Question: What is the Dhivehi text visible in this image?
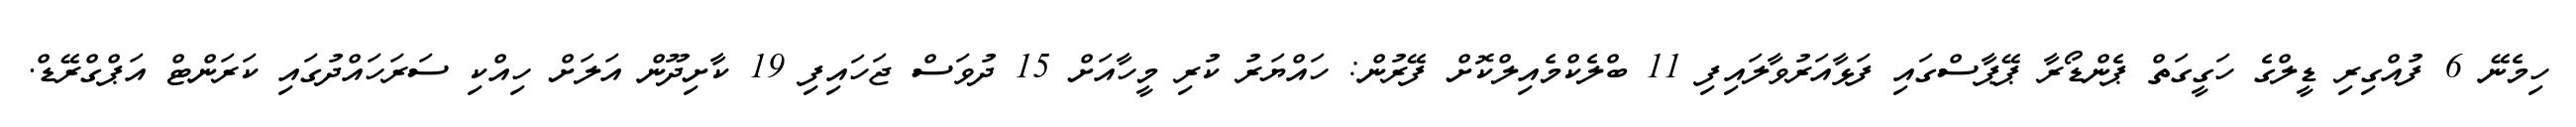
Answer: ހިމެނޭ 6 ފުއްގިރި ޑީލްގެ ހަގީގަތް ޕެންޑޯރާ ޕޭޕާސްގައި ފަޅާއަރުވާލައިފި 11 ބްލެކްމެއިލްކޮށް ފޭރުން: ހައްޔަރު ކުރި މީހާއަށް 15 ދުވަސް ޖަހައިފި 19 ކާށިދޫން އަލަށް ހިއްކި ސަރަހައްދުގައި ކަރަންޓް އަޕްގްރޭޑް.